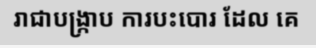
រាជាបង្ក្រាប ការបះបោរ ដែល គេ